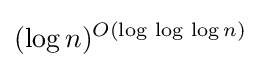
(\log n)^{O(\log \,\log \,\log n)}